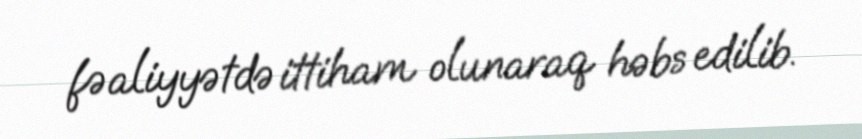
fəaliyyətdə ittiham olunaraq həbs edilib.